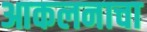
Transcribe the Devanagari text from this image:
आकलनाचा